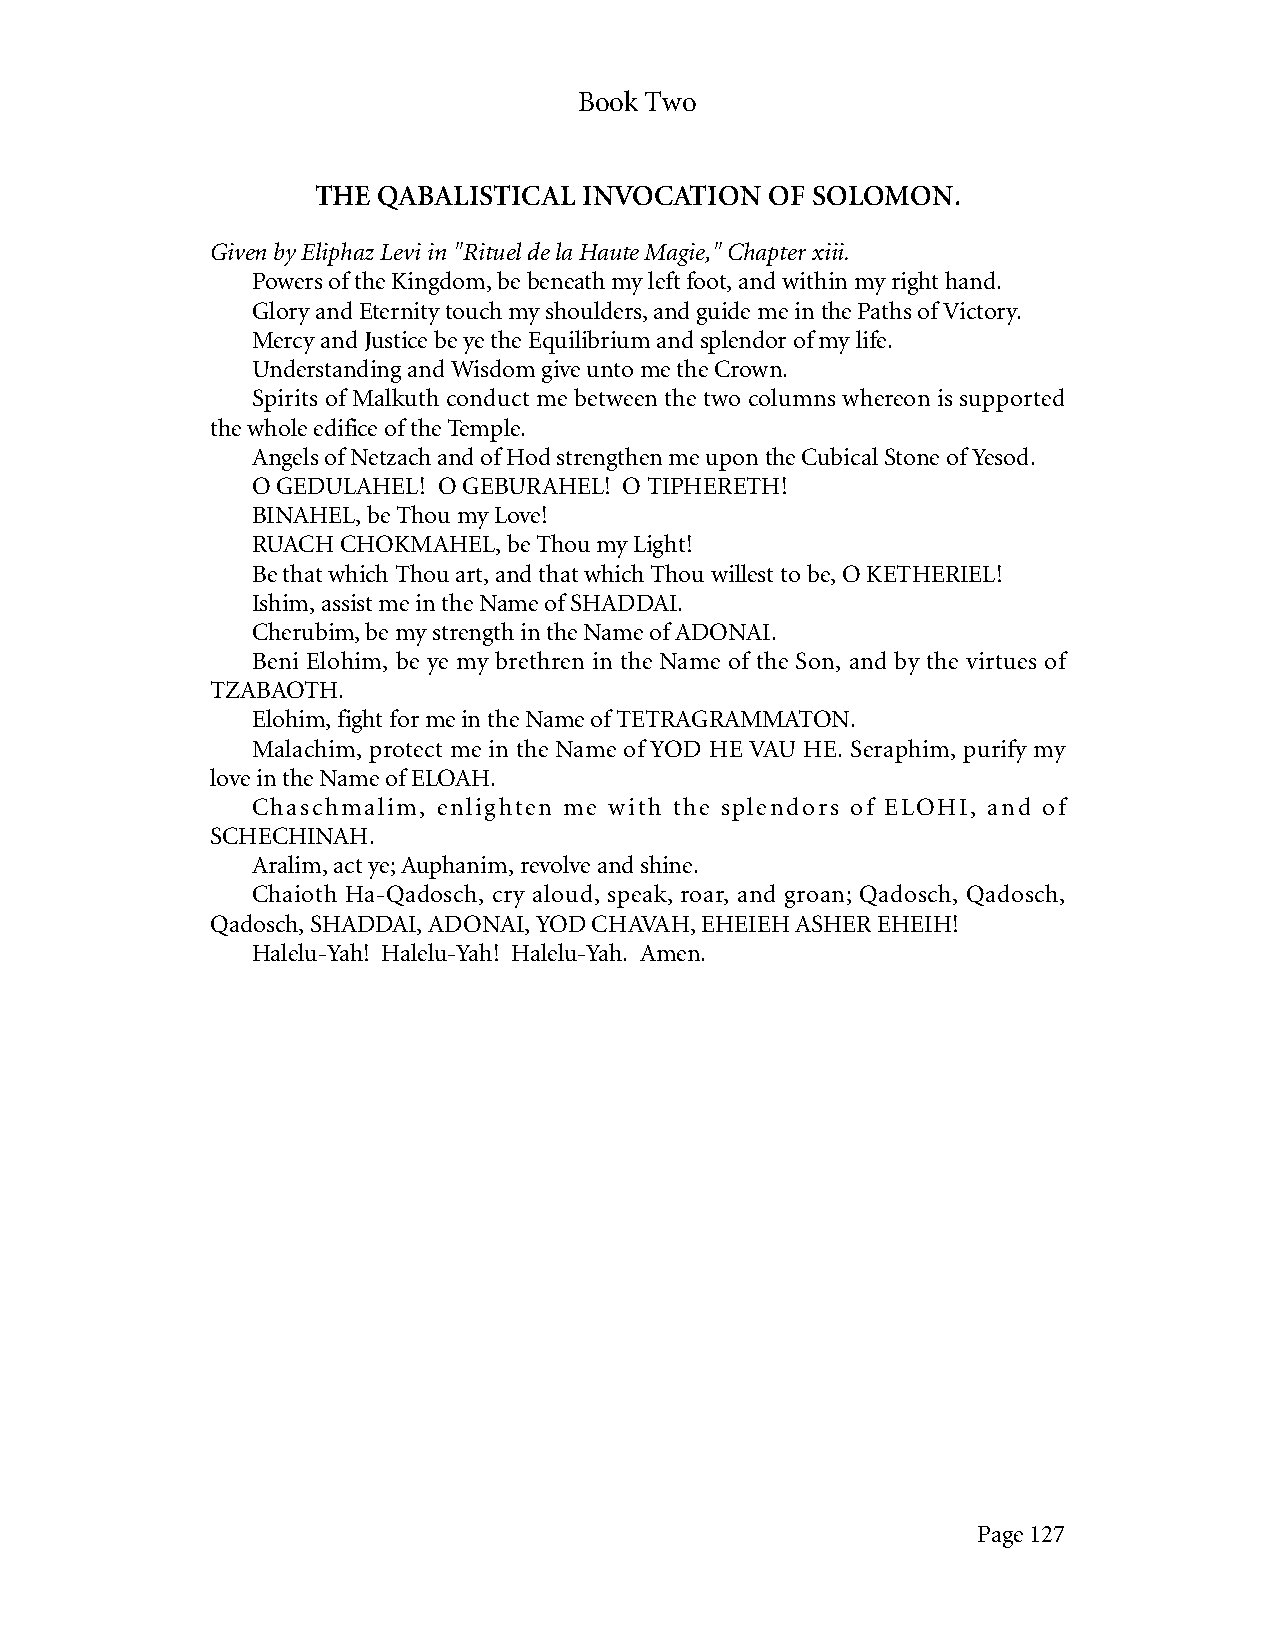
Book Two
 THE QABALISTICAL  INVOCATION  OF SOLOMON.
 Given by Eliphaz Levi in "Rituel de la Haute Magie," Chapter xiii.
 Powers of the Kingdom, be beneath my left foot, and within my right hand.
 Glory and Eternity touch my shoulders, and guide me in the Paths of Victory.
 Mercy and Justice be ye the Equilibrium and splendor of my life.
 Understanding and Wisdom give unto me the Crown.
 Spirits of Malkuth conduct me between the two columns whereon is supported
 the whole edifice of the Temple.
 Angels of Netzach and of Hod strengthen me upon the Cubical Stone of Yesod.
 O GEDULAHEL! O GEBURAHEL! O TIPHERETH!
 BINAHEL, be Thou my Love!
 RUACH CHOKMAHEL, be Thou my Light!
 Be that which Thou art, and that which Thou willest to be, O KETHERIEL!
 Ishim, assist me in the Name of SHADDAI.
 Cherubim, be my strength in the Name of ADONAI.
 Beni Elohim, be ye my brethren in the Name of the Son, and by the virtues of
 TZABAOTH.
 Elohim, fight for me in the Name of TETRAGRAMMATON.
 Malachim, protect me in the Name of YOD HE VAU HE. Seraphim, purify my
 love in the Name of ELOAH.
 Chaschmalim, enlighten me with the splendors of ELOHI, and of
 SCHECHINAH.
 Aralim, act ye; Auphanim, revolve and shine.
 Chaioth Ha-Qadosch, cry aloud, speak, roar, and groan; Qadosch, Qadosch,
 Qadosch, SHADDAI, ADONAI, YOD CHAVAH, EHEIEH ASHER EHEIH!
 Halelu-Yah! Halelu-Yah! Halelu-Yah. Amen.
 Page 127